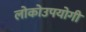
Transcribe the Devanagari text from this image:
लोकोउपयोगी